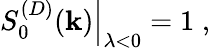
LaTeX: \left.S_{0}^{(D)}(\mathbf{k})\right|_{\lambda<0}=1\; ,